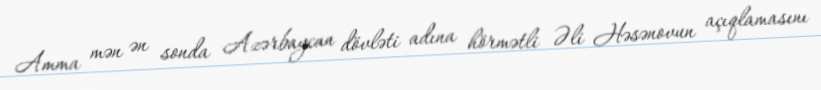
Amma mən ən sonda Azərbaycan dövləti adına hörmətli Əli Həsənovun açıqlamasını